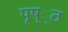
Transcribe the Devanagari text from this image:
पृष््ठ